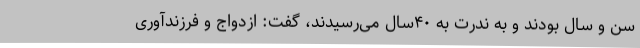
سن و سال بودند و به ندرت به ۴۰سال می‌رسیدند، گفت: ازدواج و فرزندآوری